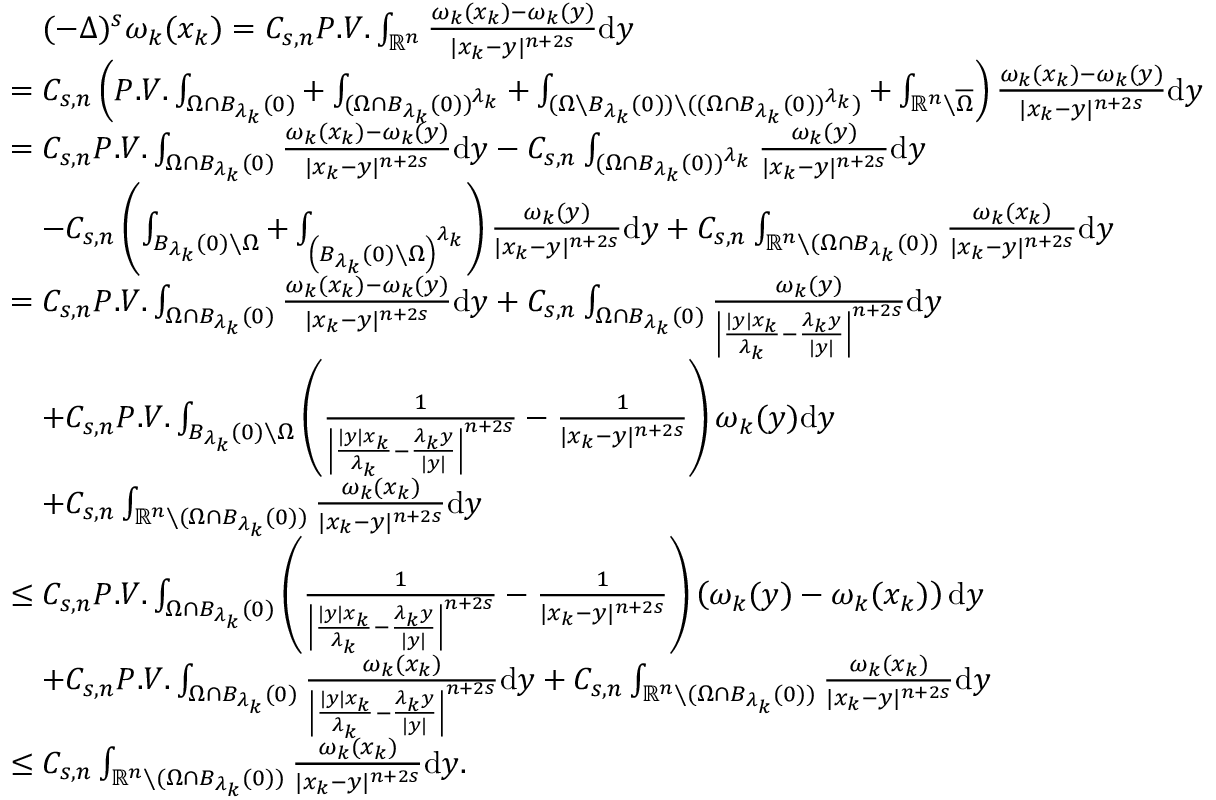
\begin{array} { r l } & { \quad ( - \Delta ) ^ { s } \omega _ { k } ( x _ { k } ) = C _ { s , n } P . V . \int _ { \mathbb R ^ { n } } \frac { \omega _ { k } ( x _ { k } ) - \omega _ { k } ( y ) } { | x _ { k } - y | ^ { n + 2 s } } \mathrm { d } y } \\ & { = C _ { s , n } \left( P . V . \int _ { \Omega \cap B _ { \lambda _ { k } } ( 0 ) } + \int _ { ( \Omega \cap B _ { \lambda _ { k } } ( 0 ) ) ^ { \lambda _ { k } } } + \int _ { ( \Omega \setminus B _ { \lambda _ { k } } ( 0 ) ) \setminus ( ( \Omega \cap B _ { \lambda _ { k } } ( 0 ) ) ^ { \lambda _ { k } } ) } + \int _ { \mathbb R ^ { n } \setminus \overline { { \Omega } } } \right) \frac { \omega _ { k } ( x _ { k } ) - \omega _ { k } ( y ) } { | x _ { k } - y | ^ { n + 2 s } } \mathrm { d } y } \\ & { = C _ { s , n } P . V . \int _ { \Omega \cap B _ { \lambda _ { k } } ( 0 ) } \frac { \omega _ { k } ( x _ { k } ) - \omega _ { k } ( y ) } { | x _ { k } - y | ^ { n + 2 s } } \mathrm { d } y - C _ { s , n } \int _ { ( \Omega \cap B _ { \lambda _ { k } } ( 0 ) ) ^ { \lambda _ { k } } } \frac { \omega _ { k } ( y ) } { | x _ { k } - y | ^ { n + 2 s } } \mathrm { d } y } \\ & { \quad - C _ { s , n } \left( \int _ { B _ { \lambda _ { k } } ( 0 ) \setminus \Omega } + \int _ { \left( B _ { \lambda _ { k } } ( 0 ) \setminus \Omega \right) ^ { \lambda _ { k } } } \right) \frac { \omega _ { k } ( y ) } { | x _ { k } - y | ^ { n + 2 s } } \mathrm { d } y + C _ { s , n } \int _ { \mathbb R ^ { n } \setminus ( \Omega \cap B _ { \lambda _ { k } } ( 0 ) ) } \frac { \omega _ { k } ( x _ { k } ) } { | x _ { k } - y | ^ { n + 2 s } } \mathrm { d } y } \\ & { = C _ { s , n } P . V . \int _ { \Omega \cap B _ { \lambda _ { k } } ( 0 ) } \frac { \omega _ { k } ( x _ { k } ) - \omega _ { k } ( y ) } { | x _ { k } - y | ^ { n + 2 s } } \mathrm { d } y + C _ { s , n } \int _ { \Omega \cap B _ { \lambda _ { k } } ( 0 ) } \frac { \omega _ { k } ( y ) } { \left| \frac { | y | x _ { k } } { \lambda _ { k } } - \frac { { \lambda _ { k } } y } { | y | } \right| ^ { n + 2 s } } \mathrm { d } y } \\ & { \quad + C _ { s , n } P . V . \int _ { B _ { \lambda _ { k } } ( 0 ) \setminus \Omega } \left( \frac { 1 } { \left| \frac { | y | x _ { k } } { \lambda _ { k } } - \frac { { \lambda _ { k } } y } { | y | } \right| ^ { n + 2 s } } - \frac { 1 } { | x _ { k } - y | ^ { n + 2 s } } \right) \omega _ { k } ( y ) \mathrm { d } y } \\ & { \quad + C _ { s , n } \int _ { \mathbb R ^ { n } \setminus ( \Omega \cap B _ { \lambda _ { k } } ( 0 ) ) } \frac { \omega _ { k } ( x _ { k } ) } { | x _ { k } - y | ^ { n + 2 s } } \mathrm { d } y } \\ & { \leq C _ { s , n } P . V . \int _ { \Omega \cap B _ { \lambda _ { k } } ( 0 ) } \left( \frac { 1 } { \left| \frac { | y | x _ { k } } { \lambda _ { k } } - \frac { { \lambda _ { k } } y } { | y | } \right| ^ { n + 2 s } } - \frac { 1 } { | x _ { k } - y | ^ { n + 2 s } } \right) \left( \omega _ { k } ( y ) - \omega _ { k } ( x _ { k } ) \right) \mathrm { d } y } \\ & { \quad + C _ { s , n } P . V . \int _ { \Omega \cap B _ { \lambda _ { k } } ( 0 ) } \frac { \omega _ { k } ( x _ { k } ) } { \left| \frac { | y | x _ { k } } { \lambda _ { k } } - \frac { { \lambda _ { k } } y } { | y | } \right| ^ { n + 2 s } } \mathrm { d } y + C _ { s , n } \int _ { \mathbb R ^ { n } \setminus ( \Omega \cap B _ { \lambda _ { k } } ( 0 ) ) } \frac { \omega _ { k } ( x _ { k } ) } { | x _ { k } - y | ^ { n + 2 s } } \mathrm { d } y } \\ & { \leq C _ { s , n } \int _ { \mathbb R ^ { n } \setminus ( \Omega \cap B _ { \lambda _ { k } } ( 0 ) ) } \frac { \omega _ { k } ( x _ { k } ) } { | x _ { k } - y | ^ { n + 2 s } } \mathrm { d } y . } \end{array}